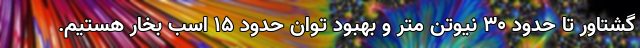
گشتاور تا حدود ۳۰ نیوتن متر و بهبود توان حدود ۱۵ اسب بخار هستیم.